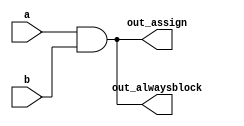
/*
Since digital circuits are composed of logic gates connected with wires, any circuit can be expressed as some combination of modules and assign statements. However, sometimes this is not the most convenient way to describe the circuit. Procedures (of which always blocks are one example) provide an alternative syntax for describing circuits.

For synthesizing hardware, two types of always blocks are relevant:

Combinational: always @(*)
Clocked: always @(posedge clk)
Combinational always blocks are equivalent to assign statements, thus there is always a way to express a combinational circuit both ways. The choice between which to use is mainly an issue of which syntax is more convenient. The syntax for code inside a procedural block is different from code that is outside. Procedural blocks have a richer set of statements (e.g., if-then, case), cannot contain continuous assignments*, but also introduces many new non-intuitive ways of making errors. (*Procedural continuous assignments do exist, but are somewhat different from continuous assignments, and are not synthesizable.)

For example, the assign and combinational always block describe the same circuit. Both create the same blob of combinational logic. Both will recompute the output whenever any of the inputs (right side) changes value. 
assign out1 = a & b | c ^ d;
always @(*) out2 = a & b | c ^ d;

Alwayscomb.png
For combinational always blocks, always use a sensitivity list of (*). Explicitly listing out the signals is error-prone (if you miss one), and is ignored for hardware synthesis. If you explicitly specify the sensitivity list and miss a signal, the synthesized hardware will still behave as though (*) was specified, but the simulation will not and not match the hardware's behaviour. (In SystemVerilog, use always_comb.)

A note on wire vs. reg: The left-hand-side of an assign statement must be a net type (e.g., wire), while the left-hand-side of a procedural assignment (in an always block) must be a variable type (e.g., reg). These types (wire vs. reg) have nothing to do with what hardware is synthesized, and is just syntax left over from Verilog's use as a hardware simulation language.

A bit of practice
Build an AND gate using both an assign statement and a combinational always block. (Since assign statements and combinational always blocks function identically, there is no way to enforce that you're using both methods. But you're here for practice, right?...)

https://hdlbits.01xz.net/wiki/Alwaysblock1
*/

// synthesis verilog_input_version verilog_2001
module top_module(
    input a, 
    input b,
    output wire out_assign,
    output reg out_alwaysblock
);

assign out_assign = a&b;

always @* begin

    out_alwaysblock = a&b;
end

endmodule